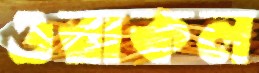
ওরাকল